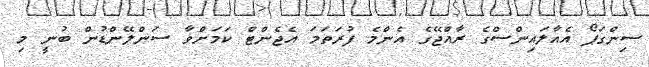
ސިންގަޕޯ އެއާލައިންސްގެ ރާއްޖޭގެ އެންމެ ފުރަތަމަ އެޖެންޓް ކަމަށްވާ ސަންލޭންޑުން ބުނީ މި